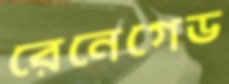
রেনেগেড